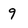
Character: 9